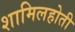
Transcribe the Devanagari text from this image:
शामिलहोती